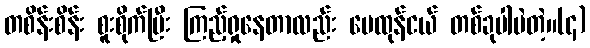
တစိန်းစိန်း စူးစိုက်ပြီး ကြည့်ရှုနေတာလည်း မေထုန်ငယ် တစ်ခုပါပဲတဲ့။(၄)